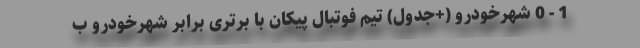
1 - 0 شهرخودرو (+جدول) تیم فوتبال پیکان با برتری برابر شهرخودرو ب